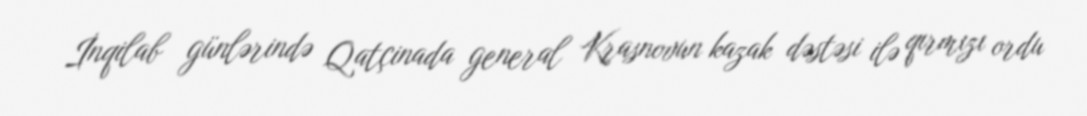
İnqilab günlərində Qatçinada general Krasnovun kazak dəstəsi ilə qırmızı ordu